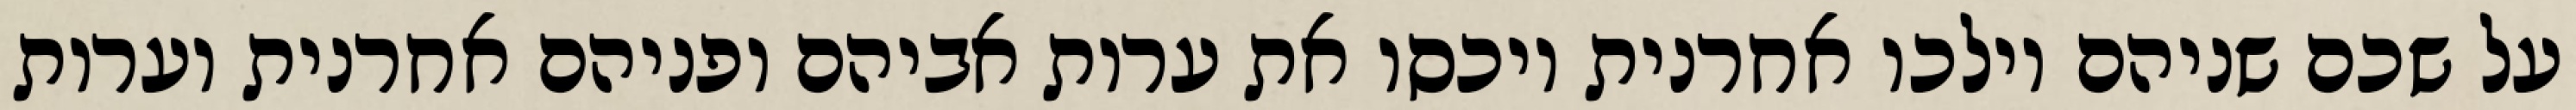
על שכם שניהם וילכו אחרנית ויכסו את ערות אביהם ופניהם אחרנית וערות